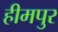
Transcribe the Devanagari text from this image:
हीमपुर